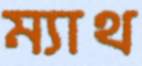
ম্যাথ